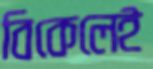
বিকেলেই